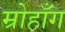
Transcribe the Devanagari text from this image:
म्रोहाँग